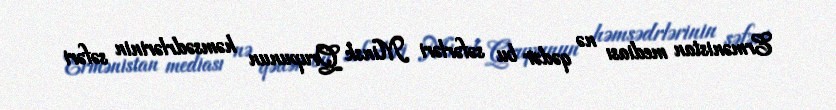
Ermənistan mediası nə qədər bu səfərləri Minsk Qrupunun həmsədrlərinin səfəri